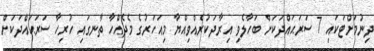
ދިނުމަށްޓަކައި 7 ސަރަޙައްދަކަށް ބަހާލެވި އިރާދަކުރެއްވިއްޔާ މިއަހަރުގެ މެދެއްހާ ތާނގައި ހުރިހާ ސަރަޙައްދަކަށް